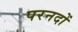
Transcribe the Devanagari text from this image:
परनदों